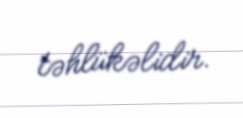
təhlükəlidir.